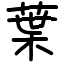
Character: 葉